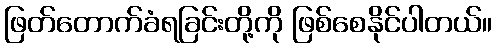
ဖြတ်တောက်ခံရခြင်းတို့ကို ဖြစ်စေနိုင်ပါတယ်။